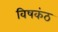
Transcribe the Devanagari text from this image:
विषकंठ